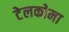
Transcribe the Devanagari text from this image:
टेलकोमा